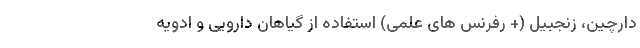
دارچین، زنجبیل (+ رفرنس های علمی) استفاده از گیاهان دارویی و ادویه